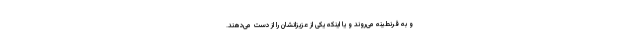
و به قرنطینه می‌روند و یا اینکه یکی از عزیزانشان را از دست می‌دهند.